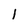
Character: l